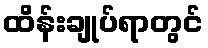
ထိန်းချုပ်ရာတွင်